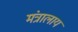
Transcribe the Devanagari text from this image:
मंत्रालाय